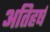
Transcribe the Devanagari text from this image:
अतिहर्ष